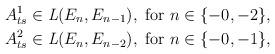
LaTeX: \begin{align*}&A^1_{ts}\in \textrm{\emph{L}}(E_n,E_{n-1}), \textrm{ for } n\in\{-0,-2\}, \\&A^2_{ts}\in\textrm{\emph{L}}(E_n,E_{n-2}), \textrm{ for } n\in\{-0,-1\},\end{align*}